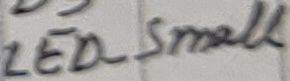
Text: LED_Small